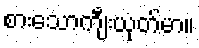
စားသောကျီးယုတ်မာ။